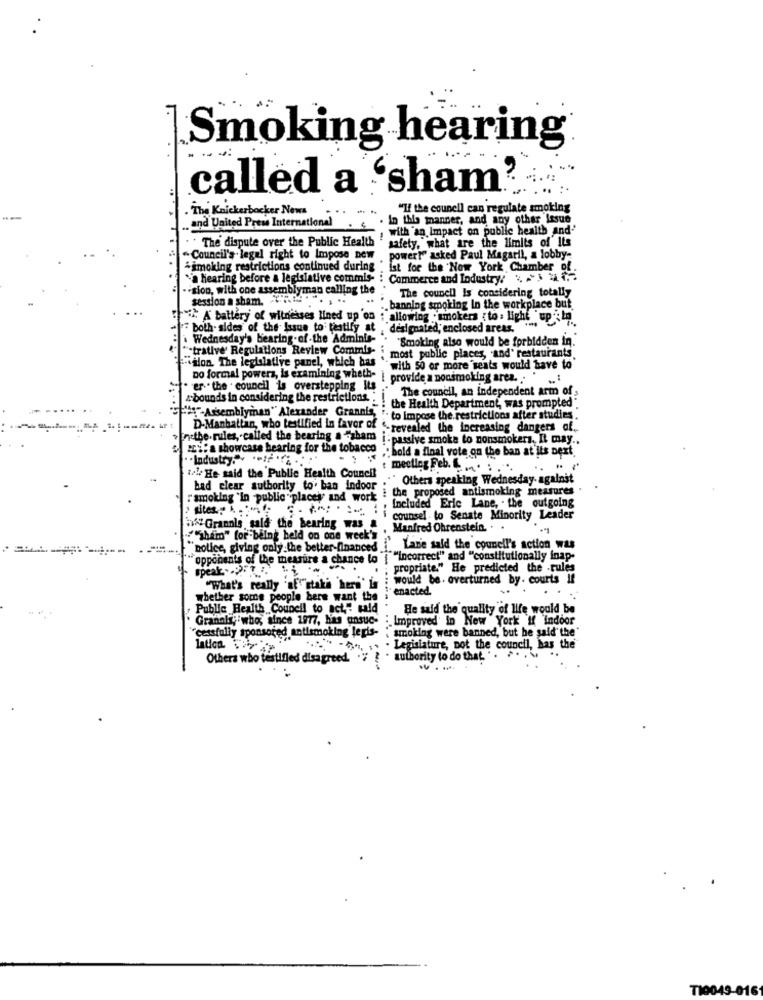
Smoking hearing
called a 'sham
. The Knickerbocker News
"If the council can regulate smoking
In this manner, and any other issue
.. and United Press International
with an Impact on public health and'
The dispute over the Public Health
safety, what are the limits of Its
Council's legal right to Impose new
power?" asked Paul Magaril, a lobby-
&smoking restrictions continued during
ist for the Now York Chamber of.
"a hearing before a legislative commis-
Commerce and Industry, %
-sion, with one assemblyman calling the
session a sham. R. ". . ..
The council is considering totally
. banning smoking In the workplace but
*** A battery of witnesses lined up on ; allowing .smokers { to : light up : la
both- aldes of the Issue to testify at
it . designated, enclosed areas. ***
1 .*
Wednesday's bearing.of-the Adminis-
"Smoking also would be forbidden in."
""trative Regulations Review Commis-
""alon. The legislative panel, which has ".
most public places, and' restaurants
with 50 or more seats would have to'
er . the council is overstepping Is . provide a nonsmoking area ... .
Do formal powers, is examining wheth- i o
The council, an independent arm of
4.bounds in considering the restrictions. .!
: the Health Department, was prompted".
Hf-Assemblyman" Alexander Grannis .. to Impose the restrictions after studies.
D-Manhattan, who testified in favor of
S-revealed the increasing dangers of ..
Enethe.rules, called the bearing a "sham
I- passive smoke to nonsmokers, It may ..
az :: a showcase hearing for the tobacco . bold a final vote on the ban at its best.
Industry -
meeting Feb. ...:
tel+ He said the Public Health Council
.. " Others speaking Wednesday- against
bad clear authority to. ban indoor
the proposed antismoking measures .
" smoking "in public places and work
Included Eric Lane, . the outgoing
sites .. .. "- "" . . . counsel to Senate Minority Leader
hva Grannls said the bearing was a
Manfred Ohrenstein. . .
""shim" for being held on one week's
police, giving only the better-financed
Lanie said the council's action was
opponents of the measure a chance to { "incorrect" and "constitutionally inap-
speak . 9.12.
.; propriate." He predicted the -rules
"What's really "of""stati 'heri' is
would be. overturned by. courts If
enacted.
whether some people bere want the
Public Health Council to act," said
He said the quality of life would be
Granals, who, since 1977, has ansuc-
:. Improved in New York If Indoor
"cessfully sponsored antismoking legis- ; smoking were banned, but he said the"
lation 7%>
. Legislature, Dot the council, has the
Others who testified disagreed. ""
sumberity to do that ..
TI0049-0161